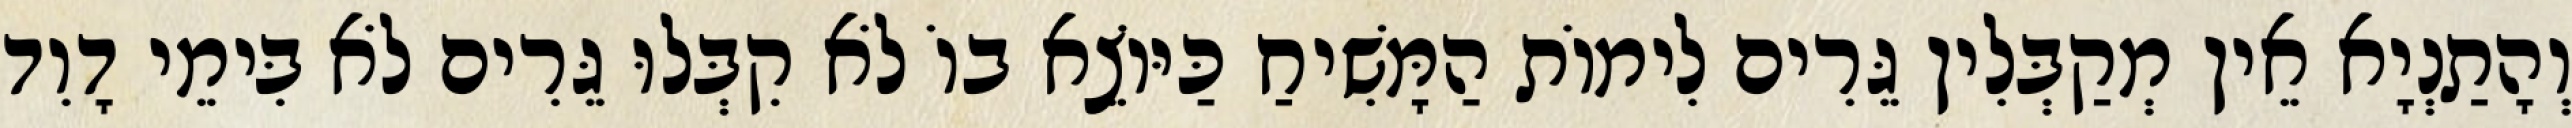
וְהָתַנְיָא אֵין מְקַבְּלִין גֵּרִים לִימוֹת הַמָּשִׁיחַ כַּיּוֹצֵא בוֹ לֹא קִבְּלוּ גֵּרִים לֹא בִּימֵי דָוִד